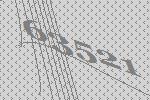
63521